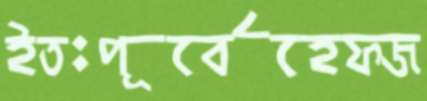
ইতঃপূর্বেহেফজ